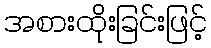
အစားထိုးခြင်းဖြင့်